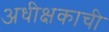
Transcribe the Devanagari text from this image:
अधीक्षकाची